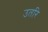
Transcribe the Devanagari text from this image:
उतरि